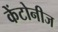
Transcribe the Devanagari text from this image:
केंटोनीज